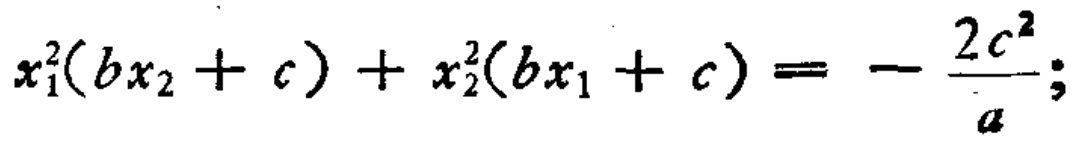
\(x_{1}^{2}(bx_{2}+c)+x_{2}^{2}(bx_{1}+c)=-\frac{2c^{2}}{a};\)